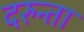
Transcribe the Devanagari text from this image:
दरुन्ता